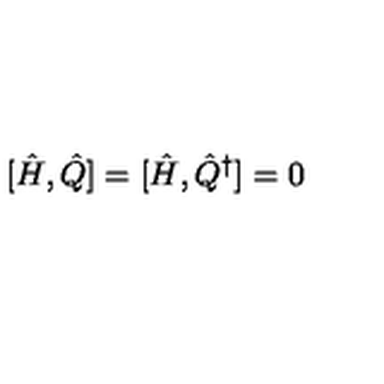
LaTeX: [ \hat { H } , \hat { Q } ] = [ \hat { H } , \hat { Q } ^ { \dagger } ] = 0